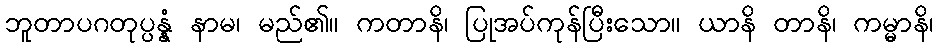
ဘူတာပဂတုပ္ပန္နံ နာမ၊ မည်၏။ ကတာနိ၊ ပြုအပ်ကုန်ပြီးသော။ ယာနိ တာနိ၊ ကမ္မာနိ၊